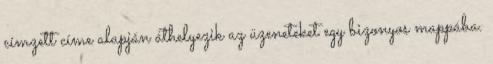
címzett címe alapján áthelyezik az üzeneteket egy bizonyos mappába.